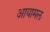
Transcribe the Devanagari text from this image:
आयामल